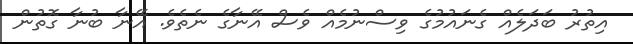
އިތުރު ބަދަލެއް ގެނައުމުގެ ވިސްނުމެއް ވެސް އޭނާގެ ނެތެވެ. އޭނާ ބުނާ ގޮތުން